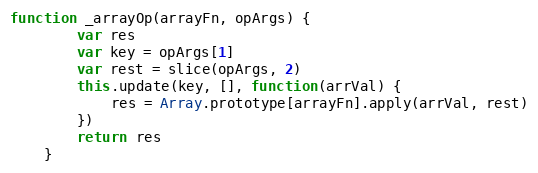
Language: JavaScript
function _arrayOp(arrayFn, opArgs) {
		var res
		var key = opArgs[1]
		var rest = slice(opArgs, 2)
		this.update(key, [], function(arrVal) {
			res = Array.prototype[arrayFn].apply(arrVal, rest)
		})
		return res
	}